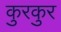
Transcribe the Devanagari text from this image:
कुरकुर